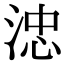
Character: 𣷡